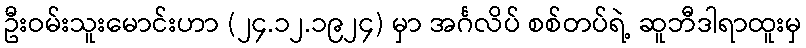
ဦးဝမ်းသူးမောင်းဟာ (၂၄.၁၂.၁၉၂၄) မှာ အင်္ဂလိပ် စစ်တပ်ရဲ့ ဆူဘီဒါရာထူးမှ